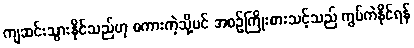
ကျဆင်းသွားနိုင်သည်ဟု စကားကဲ့သို့ပင် အစဉ်ကြိုးစားသင့်သည် ကွပ်ကဲနိုင်ရန်